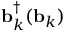
\mathbf { b } _ { k } ^ { \dagger } ( \mathbf { b } _ { k } )